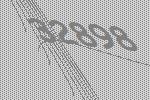
32898